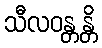
သီလဝန္တန္တိ